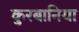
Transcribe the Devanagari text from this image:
कुरबानिया